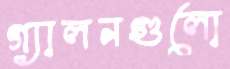
গ্যালনগুলো